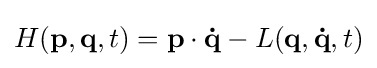
H(\mathbf {p} ,\mathbf {q} ,t)=\mathbf {p} \cdot \mathbf {\dot {q}} -L(\mathbf {q} ,\mathbf {\dot {q}} ,t)